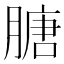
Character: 膅